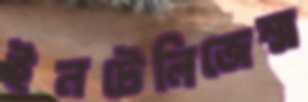
ইনটেলিজেন্স